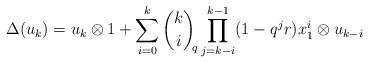
LaTeX: \begin{align*} \Delta(u_k)=u_k\otimes 1+\sum_{i=0}^k {k \choose i}_{\!\!q}\prod_{j=k-i}^{k-1}(1-q^jr) x_1^i\otimes u_{k-i}\end{align*}